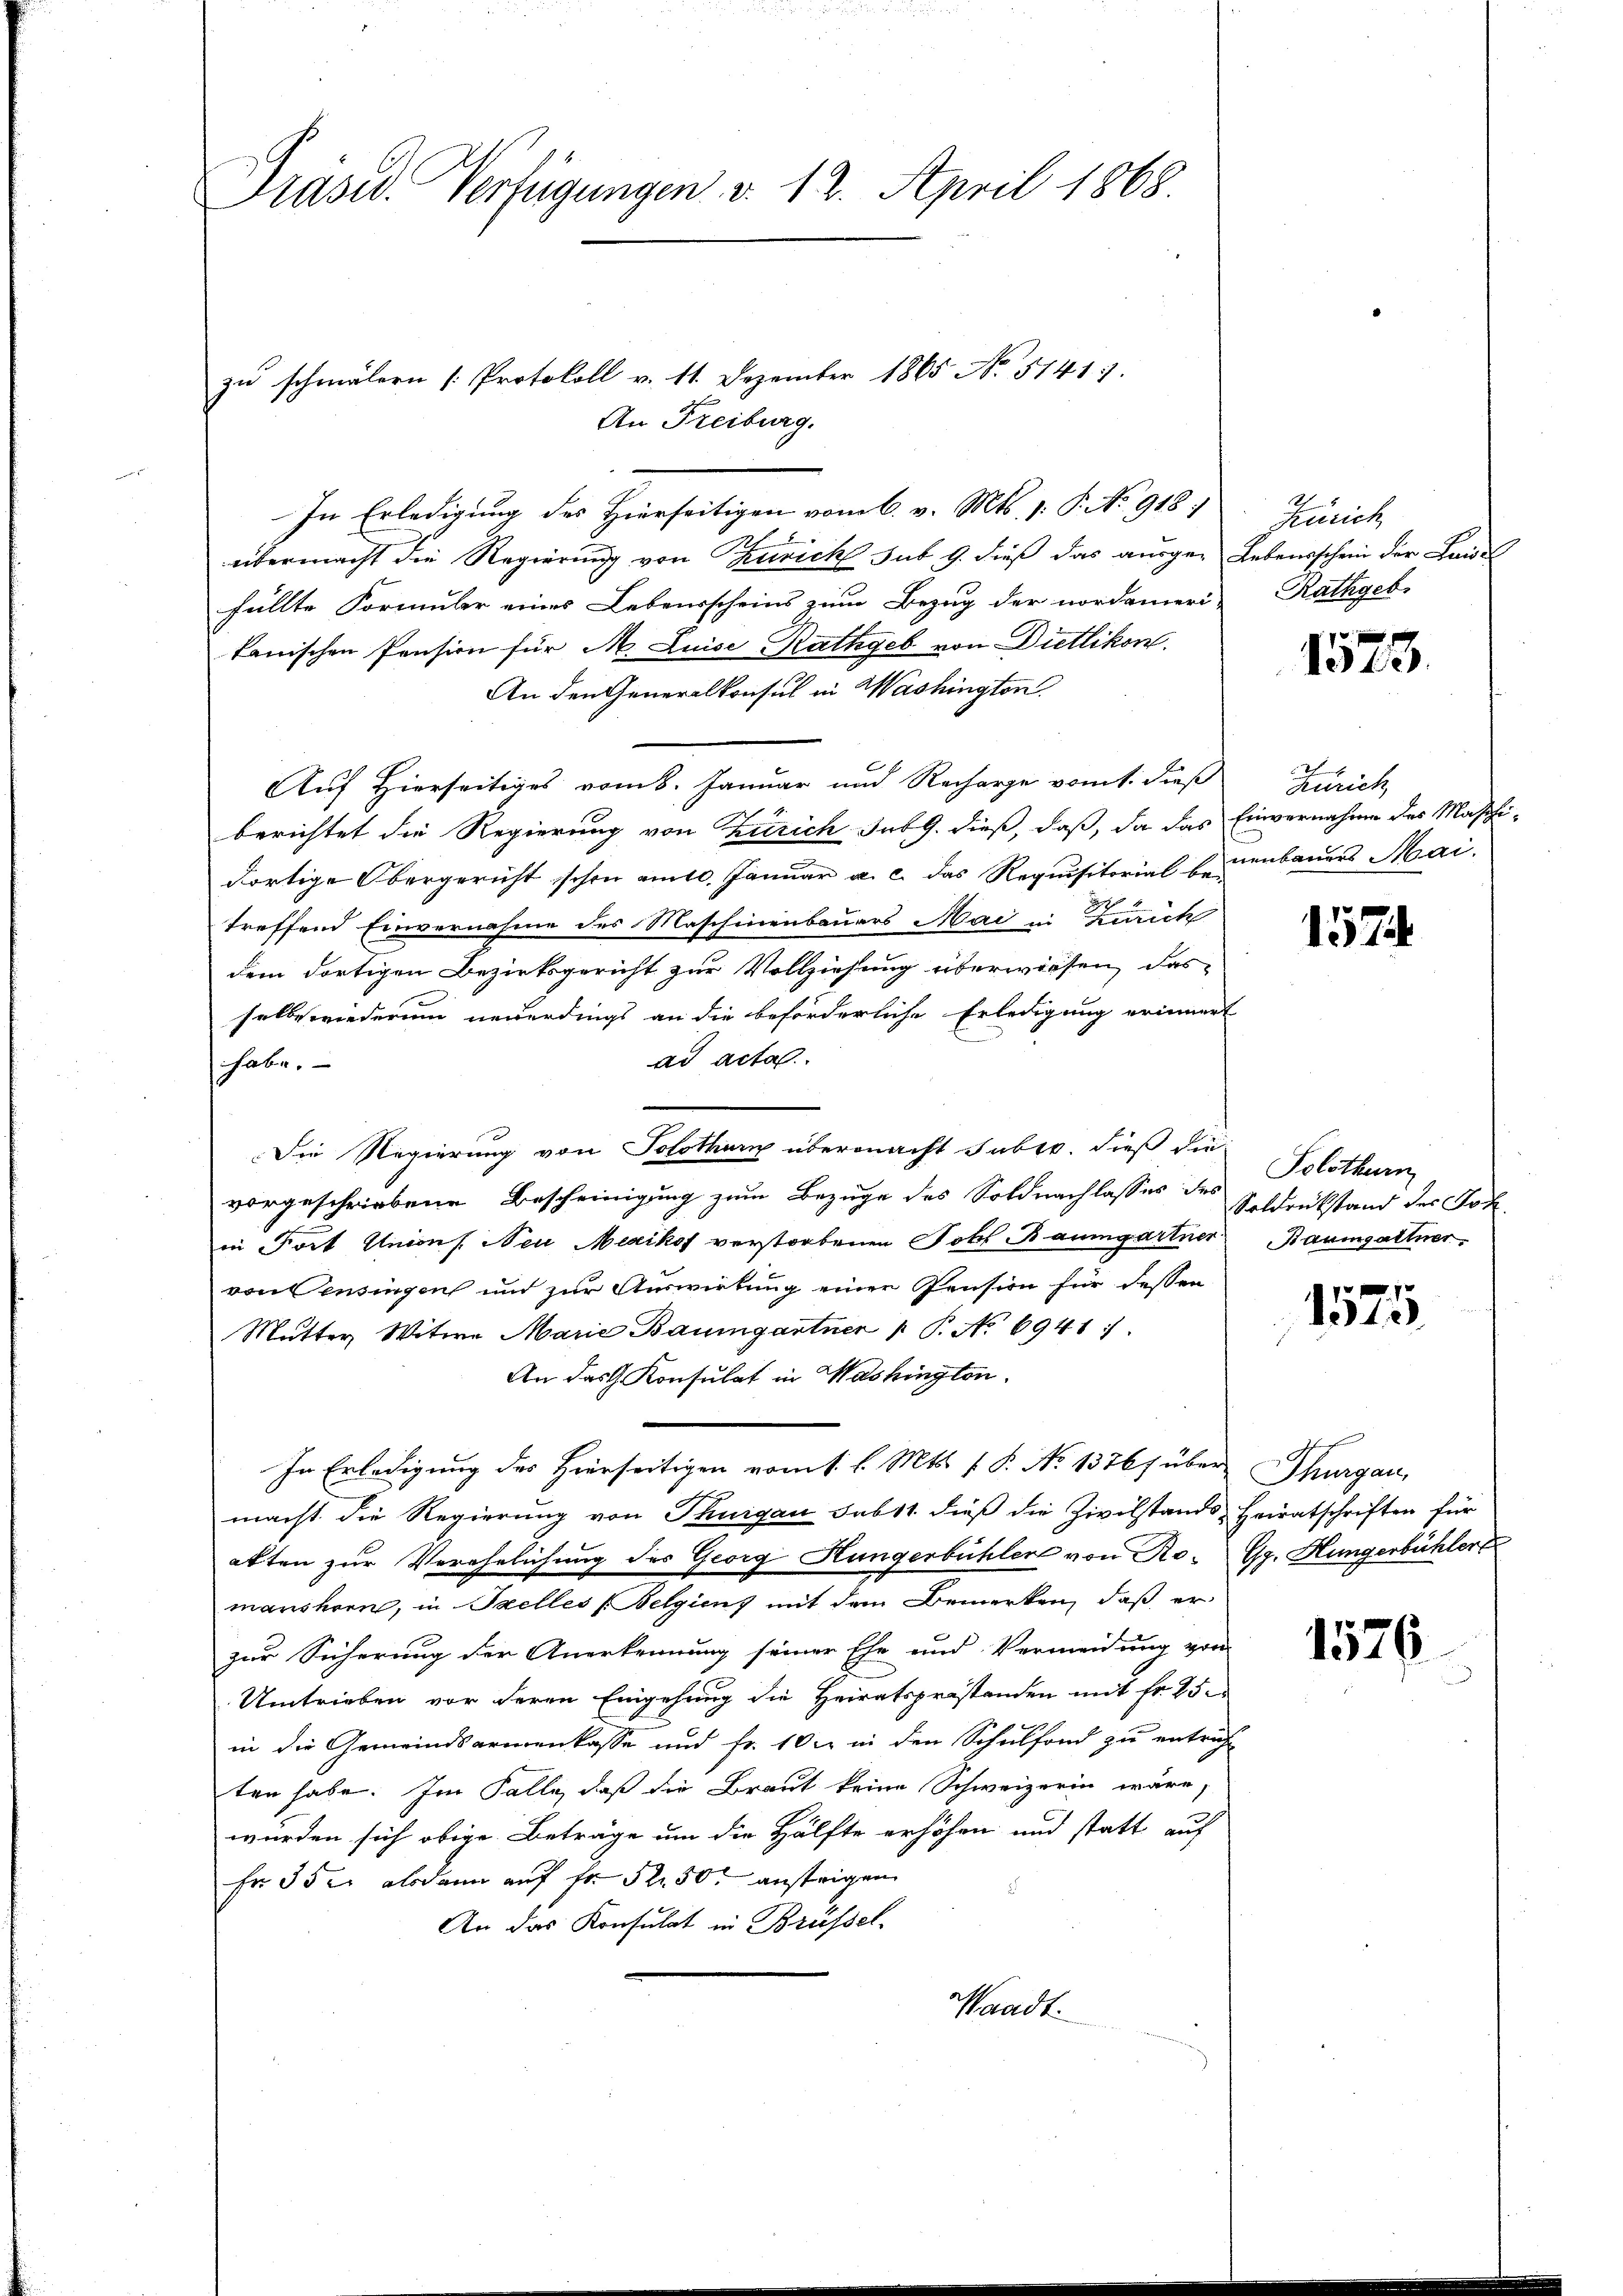
Präsid. Verfügungen d. 12. April 1868.

zŭ schmälern [Protokoll v. 11. Dezember 1865 No 51417.
An Freiburg.
In Erledigung des Hierseitigen vom 6. v. Mts. 1. P. No 918.
übermacht die Regierung von Turich sub. 9. dieß das ausge- Lebensschein der Landel
füllte Formuler eines Lebensscheins zum Bezug der nordameri
tanischen Pension für M. Luise-Rathgeb von Duttikon.
An den Generalkonsul in Washington
Auf Hierseitiges vom 8. Januar und Recharge vom 1. dieß
berichtet die Regierung von Zürich Jak. G. dieß, daß, da das Einvernahme des Maschi-
dortige Obergericht schon am 10. Januar a. c. das Requisitorial beunbauers Mai.
treffend Einvernahme des Maschinenbauers Mai in Zürich
dem dortigen Bezirksgericht zur Vollziehung überwiesen, das
selbe wiederum neuerdings an die beförderliche Erledigung erinnert
ad acta
habe.
Die Regierung von Solothur übermacht Jaber, dieß die
vorgeschriebene Bescheinigung zum Bezuge des Soldnachlasses des Schdrückstand des Joh
in Fort Unions Neu Mexikof verstorbenen Joh. Baumgartner Baumgartner,
von Censingen und zur Auswirtung einer Pension für dessen
Mutter Witwe Marie Baumgartner 1. P. No 6941:
An das Konsulat in Washington.
In Erledigung des Hierseitigen vom 1. l. Mts. f. P. No 1376 f über Thurgau,
macht die Regierung von Thurgau sub 11. dieß die Zivilstands Heiratschriften für
akten zur Verehrlichung des Georg Hungerbühler von Romanshorn, in Szelles (Belgiens mit dem Bemerken, daß er
zur Sicherung der Anerkennung seiner Ehe und Vermeidung von
Umtrieben vor deren Eingehung die Heiratsprästanden mit fr. 25.
in die Gemeindsarmenkasse und fr. 102 in den Schulfond zu entricht
ten habe. Im Falle, daß die Braut keine Schweizerin wäre,
wurden sich obige Beträge um die Hälfte erhöhen und statt auf
Fr. 352 alsdann auf Fr. 5250. ansteigen
An das Konsulat in Brüssel.
Waadt.

Zürich
Rathgeb.

1573.

Zürich

157

Solothurn

1575

Gg. Hungenbühler

1526.